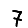
Digit: 7